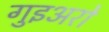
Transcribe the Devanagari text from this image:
गुइअरो